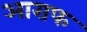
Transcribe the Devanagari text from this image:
आराफ